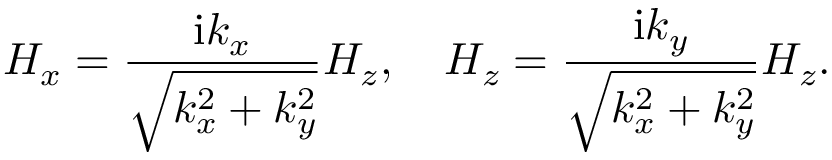
H _ { x } = \frac { \mathrm { i } k _ { x } } { \sqrt { k _ { x } ^ { 2 } + k _ { y } ^ { 2 } } } H _ { z } , \quad H _ { z } = \frac { \mathrm { i } k _ { y } } { \sqrt { k _ { x } ^ { 2 } + k _ { y } ^ { 2 } } } H _ { z } .